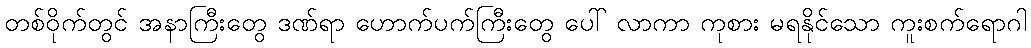
တစ်ဝိုက်တွင် အနာကြီးတွေ ဒဏ်ရာ ဟောက်ပက်ကြီးတွေ ပေါ် လာကာ ကုစား မရနိုင်သော ကူးစက်ရောဂါ